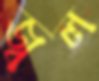
জ্বল